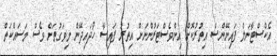
އެކްސްޓާނަލް ފައިނޭންސް އިތުރުކޮށް އިންވެސްޓަރުންނަށް އިތުރު ފައިސާ ހޯދައިދޭން މިވަގުތަށް ވެސް މަސައްކަތް